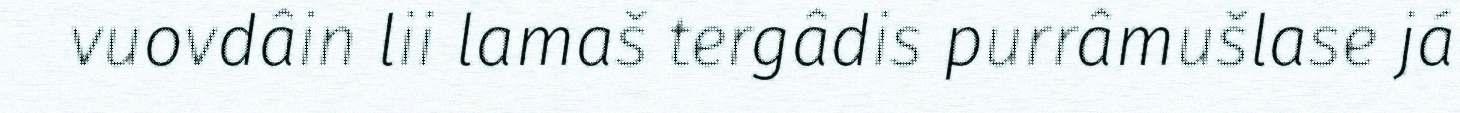
vuovdâin lii lamaš tergâdis purrâmušlase já